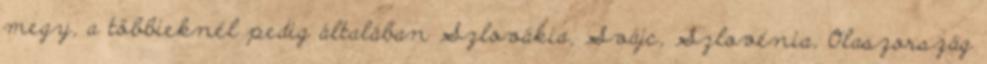
megy, a többieknél pedig általában Szlovákia, Svájc, Szlovénia, Olaszország